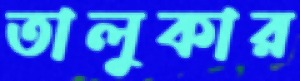
তালুকার